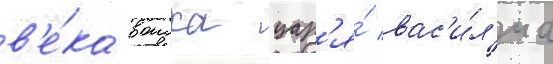
в'е́ка воиска цар'я́ вас'и́л'иа